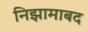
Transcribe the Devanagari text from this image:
निझामाबद